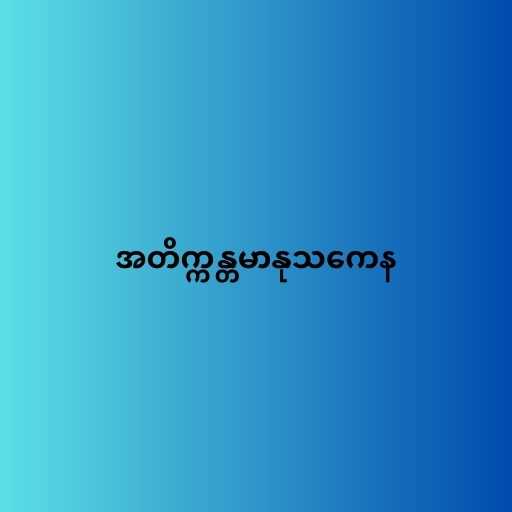
အတိက္ကန္တမာနုသကေန